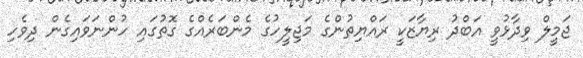
ޖަމީލް ވިދާޅުވީ އަބްދު ރިޔާޒަކީ ރައްޔިތުންގެ މަޖިލީހުގެ މެންބަރެއްގެ ގޮތުގައި ހުންނަވައިގެން ދިވެހި